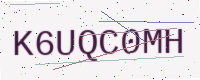
Text: K6UQC0MH